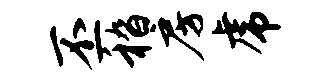
丕嵇房虎